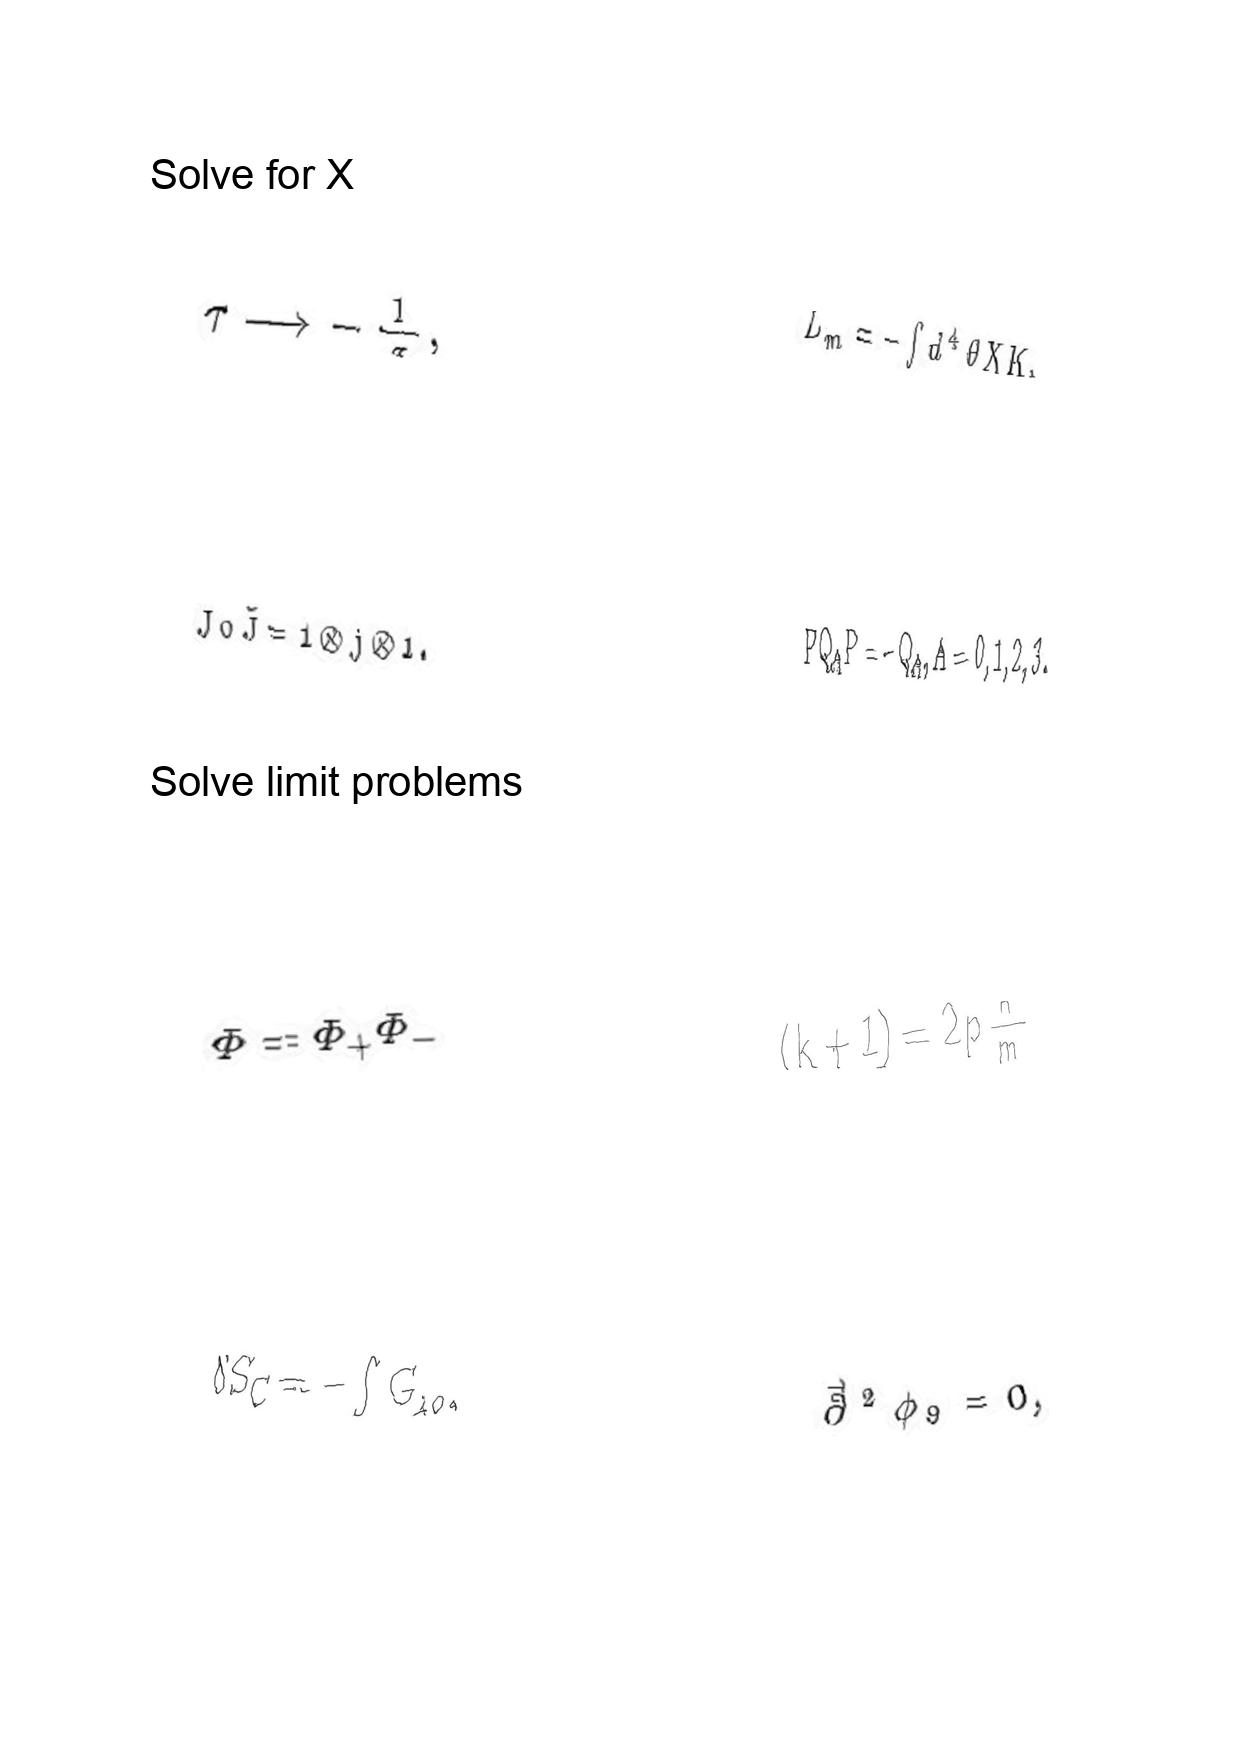
LaTeX transcription:
\tau \longrightarrow - \frac { 1 } { \tau } ,
J \circ \tilde { J } = 1 \otimes j \otimes 1 .
\Phi = \Phi _ { + } \Phi _ { - }
\delta S _ { C } = - \int G _ { 1 0 } ,
L _ { m } = - \int d ^ { 4 } \theta X K ,
P Q _ { A } P = - Q _ { A } , A = 0 , 1 , 2 , 3 .
\lparen k + 1 \rparen = 2 p \frac { n } { m }
\vec { \partial } ^ { 2 } \phi _ { 9 } = 0 ,